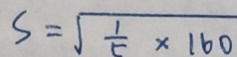
S = \sqrt { \frac { 1 } { 5 } \times 1 6 0 }